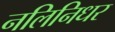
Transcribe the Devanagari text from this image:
नलिनिधर